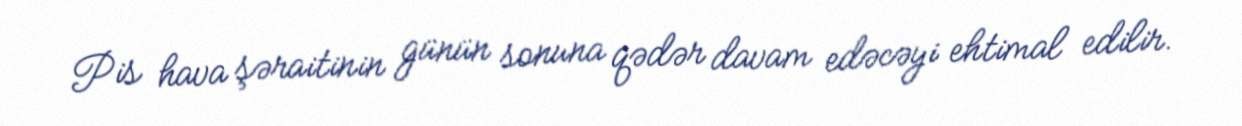
Pis hava şəraitinin günün sonuna qədər davam edəcəyi ehtimal edilir.